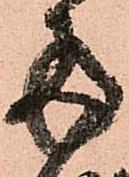
両